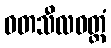
ဝတသီလဝတ္တံ